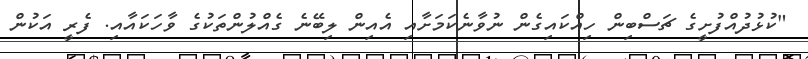
"ކުޅުދުއްފުށީގެ ޗަސްބިން ހިއްކައިގެން ނުވާނެކަމަށާއި އެއިން ލިބޭނެ ގެއްލުންތަކުގެ ވާހަކައާއި. ފެރީ އަކުން